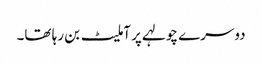
دوسرے چولہے پر آملیٹ بن رہا تھا۔